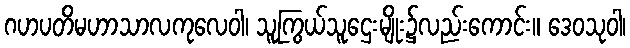
ဂဟပတိမဟာသာလကုလေဝါ၊ သူကြွယ်သူဌေးမျိုး၌လည်းကောင်း။ ဒေဝသုဝါ၊